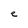
Character: e